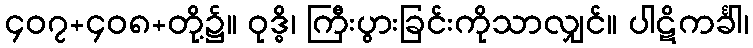
၄၀၇+၄၀၈+တို့၌။ ဝုဒ္ဓိ၊ ကြီးပွားခြင်းကိုသာလျှင်။ ပါဋိကင်္ခါ၊